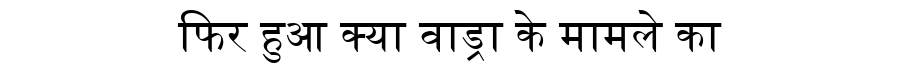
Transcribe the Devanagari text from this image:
फिर हुआ क्या वाड्रा के मामले का